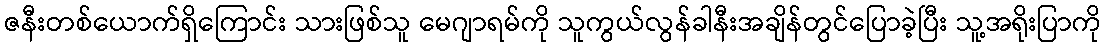
ဇနီးတစ်ယောက်ရှိကြောင်း သားဖြစ်သူ မေဂျာရမ်ကို သူကွယ်လွန်ခါနီးအချိန်တွင်ပြောခဲ့ပြီး သူ့အရိုးပြာကို